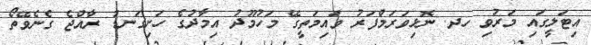
އިޓަލީގައި މަރުވި ހދ. ނޮޅިވަރަމްފަރު ވައިމަތީގޭ މަހުމޫދު އިމާދުގެ ހަށިގަނޑު ރާއްޖެ ގެނެވޭތޯ